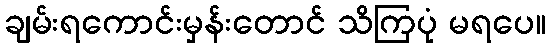
ချမ်းရကောင်းမှန်းတောင် သိကြပုံ မရပေ။